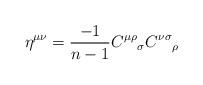
LaTeX: \begin{align*}\eta^{\mu\nu} = \frac{-1}{n-1}{C^{\mu\rho}}_\sigma {C^{\nu\sigma}}_\rho \end{align*}